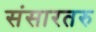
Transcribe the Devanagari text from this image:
संसारतरु